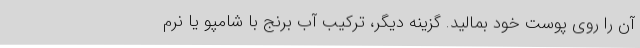
آن را روی پوست خود بمالید. گزینه دیگر، ترکیب آب برنج با شامپو یا نرم